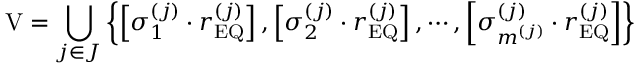
\mathrm { V } = \bigcup _ { j \in J } \left\{ \left[ \sigma _ { 1 } ^ { \left( j \right) } \cdot r _ { \mathrm { E Q } } ^ { \left( j \right) } \right] , \left[ \sigma _ { 2 } ^ { \left( j \right) } \cdot r _ { \mathrm { E Q } } ^ { \left( j \right) } \right] , \cdots , \left[ \sigma _ { m ^ { \left( j \right) } } ^ { \left( j \right) } \cdot r _ { \mathrm { E Q } } ^ { \left( j \right) } \right] \right\}